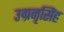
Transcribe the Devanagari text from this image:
उग्रनृसिंह